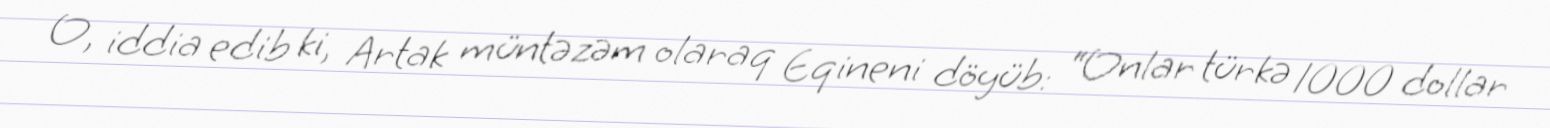
O, iddia edib ki, Artak müntəzəm olaraq Eqineni döyüb: “Onlar türkə 1000 dollar